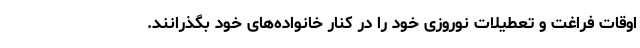
اوقات فراغت و تعطیلات نوروزی خود را در کنار خانواده‌های خود بگذرانند.